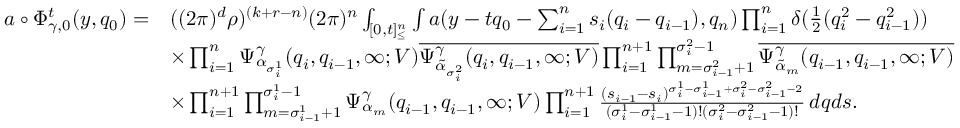
\begin{array} { r l } { a \circ \Phi _ { \gamma , 0 } ^ { t } ( y , q _ { 0 } ) = } & { ( ( 2 \pi ) ^ { d } \rho ) ^ { ( k + r - n ) } ( 2 \pi ) ^ { n } \int _ { [ 0 , t ] _ { \leq } ^ { n } } \int a ( y - t q _ { 0 } - \sum _ { i = 1 } ^ { n } s _ { i } ( q _ { i } - q _ { i - 1 } ) , q _ { n } ) \prod _ { i = 1 } ^ { n } \delta ( \frac { 1 } { 2 } ( q _ { i } ^ { 2 } - q _ { i - 1 } ^ { 2 } ) ) } \\ & { \times \prod _ { i = 1 } ^ { n } \Psi _ { \alpha _ { \sigma _ { i } ^ { 1 } } } ^ { \gamma } ( q _ { i } , q _ { i - 1 } , \infty ; V ) \overline { { \Psi _ { { \tilde { \alpha } } _ { { \sigma _ { i } ^ { 2 } } } } ^ { \gamma } ( q _ { i } , q _ { i - 1 } , \infty ; V ) } } \prod _ { i = 1 } ^ { n + 1 } \prod _ { m = \sigma _ { i - 1 } ^ { 2 } + 1 } ^ { \sigma _ { i } ^ { 2 } - 1 } \overline { { \Psi _ { { \tilde { \alpha } } _ { m } } ^ { \gamma } ( q _ { i - 1 } , q _ { i - 1 } , \infty ; V ) } } } \\ & { \times \prod _ { i = 1 } ^ { n + 1 } \prod _ { m = \sigma _ { i - 1 } ^ { 1 } + 1 } ^ { \sigma _ { i } ^ { 1 } - 1 } \Psi _ { \alpha _ { m } } ^ { \gamma } ( q _ { i - 1 } , q _ { i - 1 } , \infty ; V ) \prod _ { i = 1 } ^ { n + 1 } \frac { ( s _ { i - 1 } - s _ { i } ) ^ { \sigma _ { i } ^ { 1 } - \sigma _ { i - 1 } ^ { 1 } + \sigma _ { i } ^ { 2 } - \sigma _ { i - 1 } ^ { 2 } - 2 } } { ( \sigma _ { i } ^ { 1 } - \sigma _ { i - 1 } ^ { 1 } - 1 ) ! ( \sigma _ { i } ^ { 2 } - \sigma _ { i - 1 } ^ { 2 } - 1 ) ! } \, d \boldsymbol { q } d \boldsymbol { s } . } \end{array}